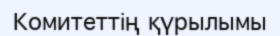
Комитеттің қүрылымы